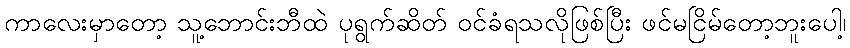
ကာလေးမှာတော့ သူ့ဘောင်းဘီထဲ ပုရွက်ဆိတ် ဝင်ခံရသလိုဖြစ်ပြီး ဖင်မငြိမ်တော့ဘူးပေါ့၊